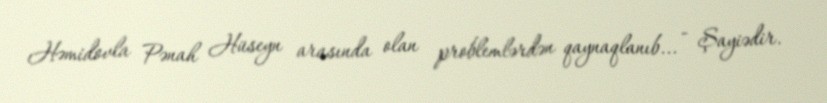
Həmidovla Pənah Hüseyn arasında olan problemlərdən qaynaqlanıb... - Şayiədir.